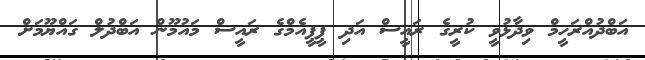
އަބްދުއްރަހީމް ވިދާޅުވީ ކުރީގެ ރައީސް އަދި ޕީޕީއެމްގެ ރައީސް މައުމޫން އަބްދުލް ގައްޔޫމަށް